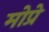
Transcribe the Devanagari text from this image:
मोप्रे